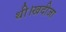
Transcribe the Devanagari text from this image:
थी।खदीजा